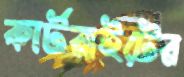
কার্টরাইটের